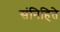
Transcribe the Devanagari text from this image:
संनिहिते